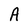
Character: A